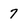
Character: 7